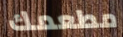
مطعمك